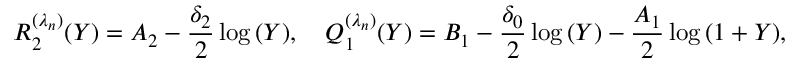
R _ { 2 } ^ { ( \lambda _ { n } ) } ( Y ) = A _ { 2 } - \frac { \delta _ { 2 } } { 2 } \log { ( Y ) } , \quad Q _ { 1 } ^ { ( \lambda _ { n } ) } ( Y ) = B _ { 1 } - \frac { \delta _ { 0 } } { 2 } \log { ( Y ) } - \frac { A _ { 1 } } { 2 } \log { ( 1 + Y ) } ,